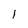
Character: 1